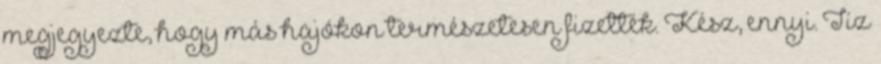
megjegyezte, hogy más hajókon természetesen fizették. Kész, ennyi. Tíz